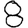
Digit: 8